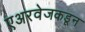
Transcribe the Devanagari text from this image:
एअरवेजकडून